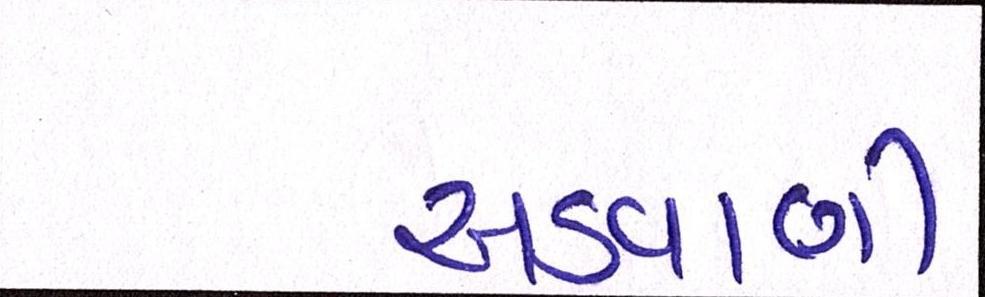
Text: અડવાણી